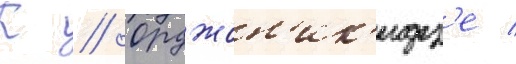
К // Орджон'ик'идз'е /